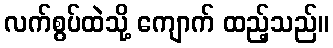
လက်စွပ်ထဲသို့ ကျောက် ထည့်သည်။